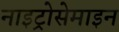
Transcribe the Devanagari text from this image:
नाइट्रोसेमाइन